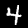
Digit: 4